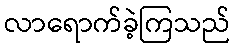
လာရောက်ခဲ့ကြသည်